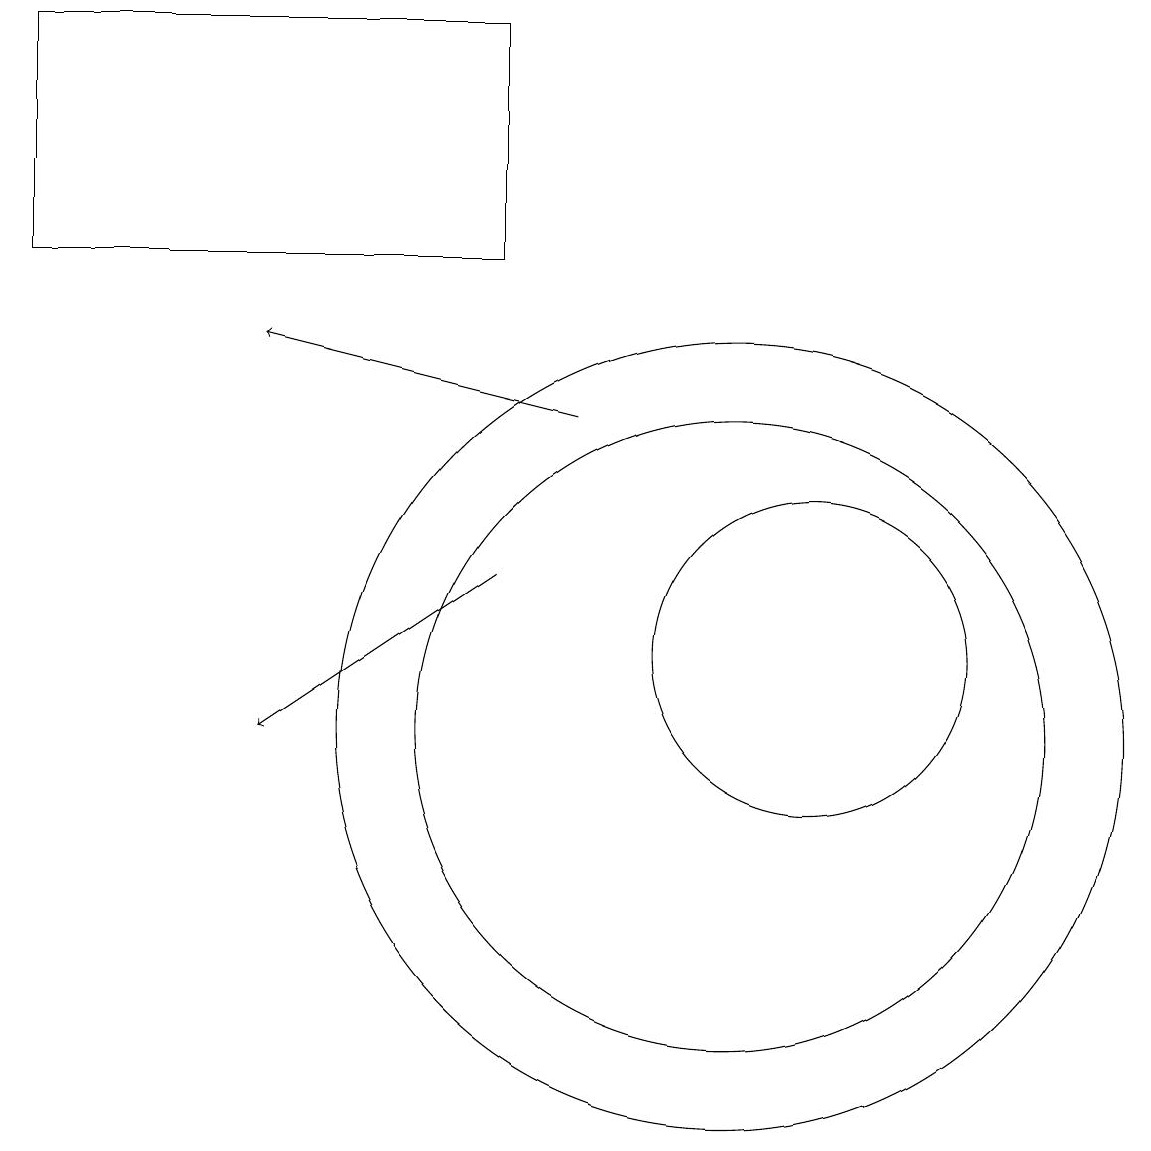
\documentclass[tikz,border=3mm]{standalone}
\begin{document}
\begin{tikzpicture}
\draw[->] (7,12) -- (4,10);
\draw (10,10) circle (5);
\draw (11,11) circle (2);
\draw (10,10) circle (4);
\draw (1,19) rectangle (7,16);
\draw[->] (8,14) -- (4,15);
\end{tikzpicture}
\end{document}